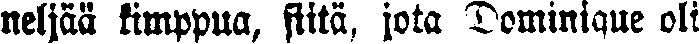
neljää kimppua, siitä, jota Dominique oli